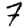
Digit: 7